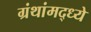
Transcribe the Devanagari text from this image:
ग्रंथांमद्ध्ये